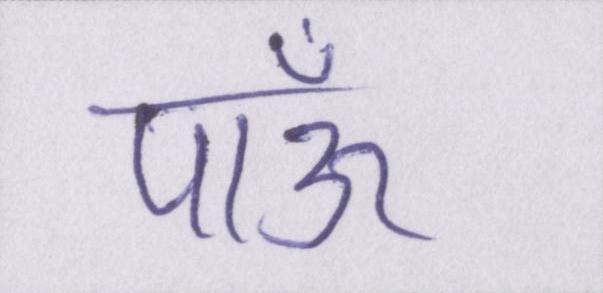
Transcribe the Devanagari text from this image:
पाऊँ